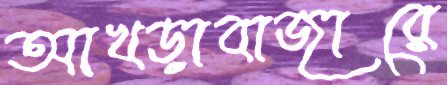
আখড়াবাজারে